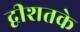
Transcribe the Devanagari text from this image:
द्वीशतके